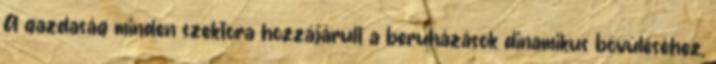
A gazdaság minden szektora hozzájárult a beruházások dinamikus bővüléséhez,